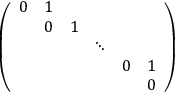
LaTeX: \left( \begin{array} { c c c c c c } { { 0 } } & { { 1 } } & { { } } & { { } } & { { } } & { { } } \\ { { } } & { { 0 } } & { { 1 } } & { { } } & { { } } & { { } } \\ { { } } & { { } } & { { } } & { { \ddots } } & { { } } & { { } } \\ { { } } & { { } } & { { } } & { { } } & { { 0 } } & { { 1 } } \\ { { } } & { { } } & { { } } & { { } } & { { } } & { { 0 } } \end{array} \right)